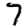
Digit: 7